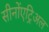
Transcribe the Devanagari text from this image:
सीनोंएट्रिअल